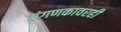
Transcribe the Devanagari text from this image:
संगणकावरही